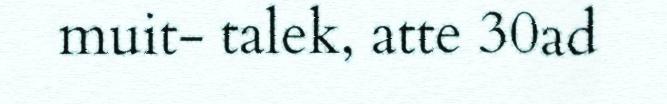
muit- talek, atte 30ad